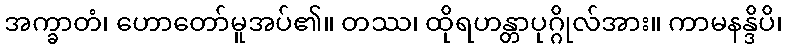
အက္ခာတံ၊ ဟောတော်မူအပ်၏။ တဿ၊ ထိုရဟန္တာပုဂ္ဂိုလ်အား။ ကာမနန္ဒိပိ၊